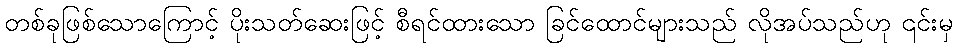
တစ်ခုဖြစ်သောကြောင့် ပိုးသတ်ဆေးဖြင့် စီရင်ထားသော ခြင်ထောင်များသည် လိုအပ်သည်ဟု ၎င်းမှ